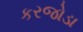
કરજોડા